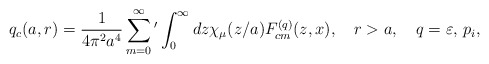
\begin{align*}q_c(a,r)=\frac{1}{4\pi ^2a^4}\sum_{m=0}^{\infty}{'}\int_{0}^{\infty}{dz\chi _\mu (z/a)F_{cm}^{(q)}(z,x)},\quad r>a, \quad q=\varepsilon ,\, p_i,\end{align*}